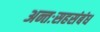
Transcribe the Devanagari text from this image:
अन्तःसहसंबंध